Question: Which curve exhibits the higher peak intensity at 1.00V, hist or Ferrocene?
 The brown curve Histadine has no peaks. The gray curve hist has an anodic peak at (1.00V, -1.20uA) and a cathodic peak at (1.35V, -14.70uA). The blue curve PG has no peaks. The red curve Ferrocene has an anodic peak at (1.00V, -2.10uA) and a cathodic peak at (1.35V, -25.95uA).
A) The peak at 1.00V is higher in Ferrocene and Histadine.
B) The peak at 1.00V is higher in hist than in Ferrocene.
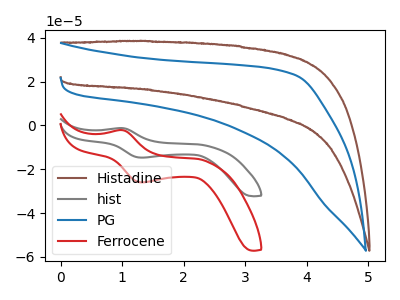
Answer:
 <answer>B) The peak at 1.00V is higher in "hist" than in "Ferrocene".</answer>
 <eval>B</eval>